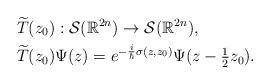
LaTeX: \begin{align*}&\widetilde{T}(z_{0}): \mathcal{S}(\mathbb{R}^{2n}) \to \mathcal{S}(\mathbb{R}^{2n}), \\&\widetilde{T}(z_{0})\Psi(z) = e^{-\frac{i}{\hbar}\sigma(z,z_{0})}\Psi(z-\tfrac{1}{2}z_{0}).\end{align*}